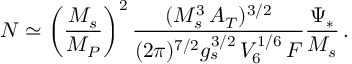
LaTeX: N \simeq \left( \frac { M _ { s } } { M _ { P } } \right) ^ { 2 } \frac { ( M _ { s } ^ { 3 } \, A _ { T } ) ^ { 3 / 2 } } { ( 2 \pi ) ^ { 7 / 2 } g _ { s } ^ { 3 / 2 } \, V _ { 6 } ^ { 1 / 6 } \, F } \frac { \Psi _ { * } } { M _ { s } } \, .